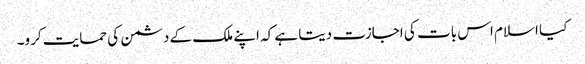
کیا اسلام اس بات کی اجازت دیتا ہے کہ اپنے ملک کے دشمن کی حمایت کرو۔